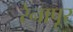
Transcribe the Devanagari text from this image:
रेनापूर्